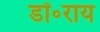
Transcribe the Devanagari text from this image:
डॉ॰राय